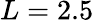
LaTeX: L=2.5